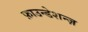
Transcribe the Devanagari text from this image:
फ़ाउन्डेशन्ज़